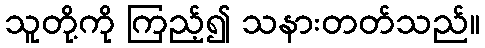
သူတို့ကို ကြည့်၍ သနားတတ်သည်။